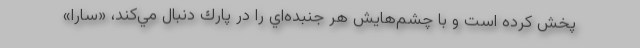
پخش كرده است و با چشم‌هايش هر جنبده‌اي را در پارك دنبال مي‌كند، «سارا»